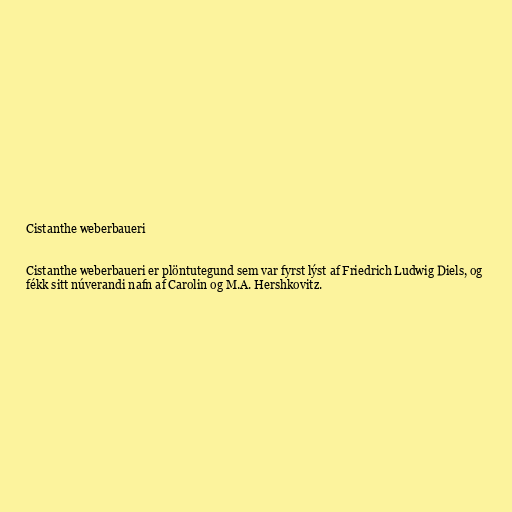
Cistanthe weberbaueri

Cistanthe weberbaueri er plöntutegund sem var fyrst lýst af Friedrich Ludwig Diels, og
fékk sitt núverandi nafn af Carolin og M.A. Hershkovitz.